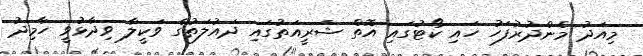
މިއަދު މެންދުރުފަހު ހައި ކޯޓުގައި އޮތް ޝަރީއަތުގައި ދައުލަތުގެ ވަކީލާ ވިދާޅުވީ ހާމިދު